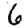
Digit: 6